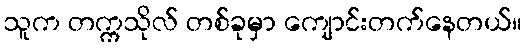
သူက တက္ကသိုလ် တစ်ခုမှာ ကျောင်းတက်နေတယ်။